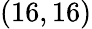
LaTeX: (16,16)